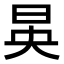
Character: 𪰔